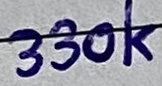
Text: 330k